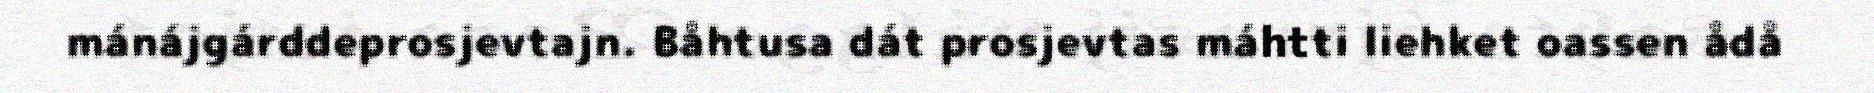
mánájgárddeprosjevtajn. Båhtusa dát prosjevtas máhtti liehket oassen ådå